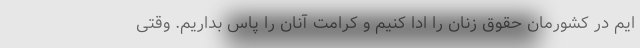
ایم در کشورمان حقوق زنان را ادا کنیم و کرامت آنان را پاس بداریم. وقتی